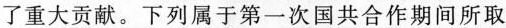
了重大贡献。下列属于第一次国共合作期间所取